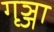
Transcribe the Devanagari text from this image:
गृञ्जा